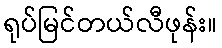
ရုပ်မြင်တယ်လီဖုန်း။